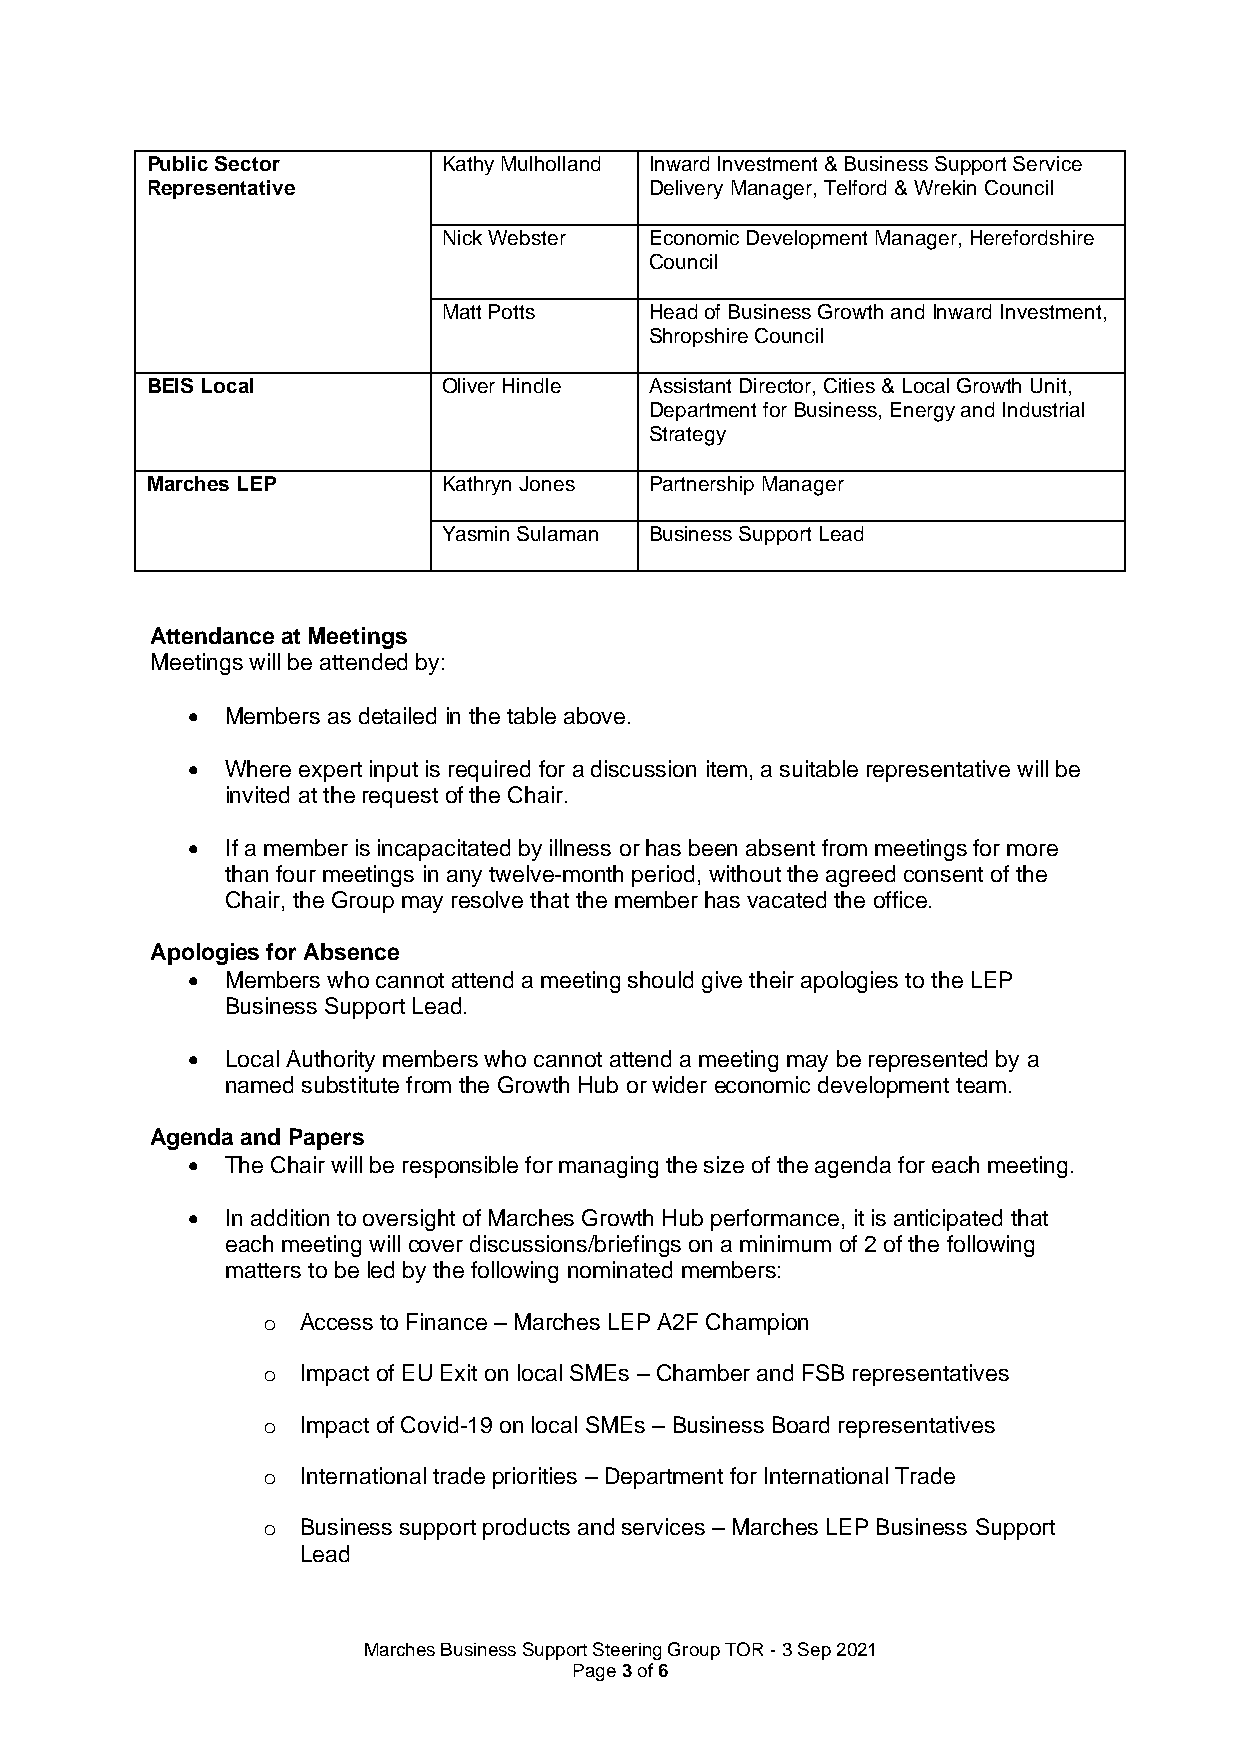
Public Sector      Kathy Mulholland Inward Investment & Business Support Service
 Representative                   Delivery Manager, Telford & Wrekin Council
 Nick Webster  Economic Development Manager, Herefordshire
 Council
 Matt Potts    Head of Business Growth and Inward Investment,
 Shropshire Council
 BEIS Local         Oliver Hindle Assistant Director, Cities & Local Growth Unit,
 Department for Business, Energy and Industrial
 Strategy
 Marches LEP        Kathryn Jones Partnership Manager
 Yasmin Sulaman Business Support Lead
 Attendance at Meetings
 Meetings will be attended by:
 •  Members as detailed in the table above.
 •  Where expert input is required for a discussion item, a suitable representative will be
 invited at the request of the Chair.
 •  If a member is incapacitated by illness or has been absent from meetings for more
 than four meetings in any twelve-month period, without the agreed consent of the
 Chair, the Group may resolve that the member has vacated the office.
 Apologies for Absence
 •  Members who cannot attend a meeting should give their apologies to the LEP
 Business Support Lead.
 •  Local Authority members who cannot attend a meeting may be represented by a
 named substitute from the Growth Hub or wider economic development team.
 Agenda and Papers
 •  The Chair will be responsible for managing the size of the agenda for each meeting.
 •  In addition to oversight of Marches Growth Hub performance, it is anticipated that
 each meeting will cover discussions/briefings on a minimum of 2 of the following
 matters to be led by the following nominated members:
 o  Access to Finance – Marches LEP A2F Champion
 o  Impact of EU Exit on local SMEs – Chamber and FSB representatives
 o  Impact of Covid-19 on local SMEs – Business Board representatives
 o  International trade priorities – Department for International Trade
 o  Business support products and services – Marches LEP Business Support
 Lead
 Marches Business Support Steering Group TOR - 3 Sep 2021
 Page 3 of 6